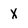
Character: X